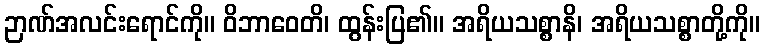
ဉာဏ်အလင်းရောင်ကို။ ဝိဘာဝေတိ၊ ထွန်းပြ၏။ အရိယသစ္စာနိ၊ အရိယသစ္စာတို့ကို။